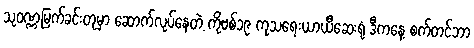
သုဝဏ္ဏမြက်ခင်းတုမှာ ဆောက်လုပ်နေတဲ့ ကိုဗစ်၁၉ ကုသရေးယာယီဆေးရုံ ဒီကနေ့ စက်တင်ဘာ